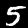
Digit: 5